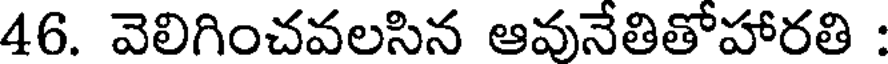
46. వెలిగించవలసిన ఆవునేతితోహారతి :